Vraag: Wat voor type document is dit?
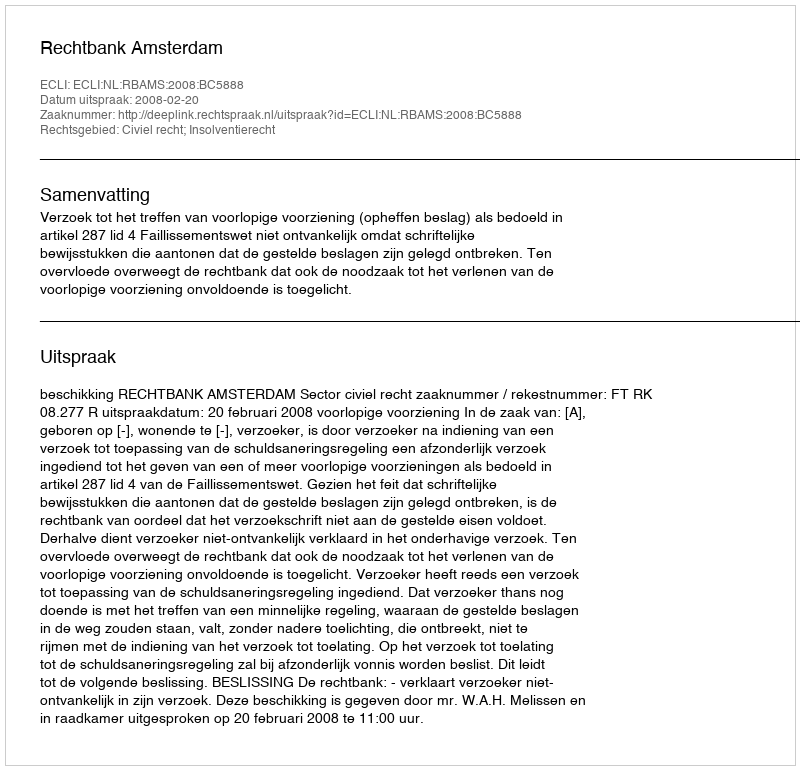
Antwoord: Uitspraak